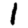
Digit: 1